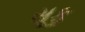
સૂફ